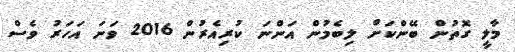
މާލީ ގޮތުން ބޭންކަށް ލިބެމުން އަންނަ ކުރިއެރުން 2016 ވަނަ އަހަރު ވެސް